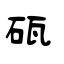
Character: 砙